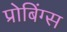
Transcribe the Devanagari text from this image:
प्रोबिंग्स